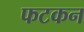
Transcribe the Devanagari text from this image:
फटकन